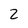
Character: 2